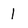
Character: 1